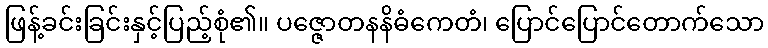
ဖြန့်ခင်းခြင်းနှင့်ပြည့်စုံ၏။ ပဇ္ဇောတနနိဓံကေတံ၊ ပြောင်ပြောင်တောက်သော